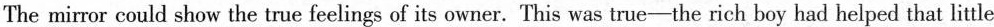
The mirror could show the true feelings of its owner. This was true-the rich boy had helped that little